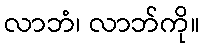
လာဘံ၊ လာဘ်ကို။